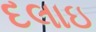
દલાઇ